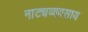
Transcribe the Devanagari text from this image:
नाट्यव्यवसाय